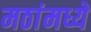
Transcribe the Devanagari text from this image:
मठांमध्ये